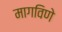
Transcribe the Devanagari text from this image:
मागविणे